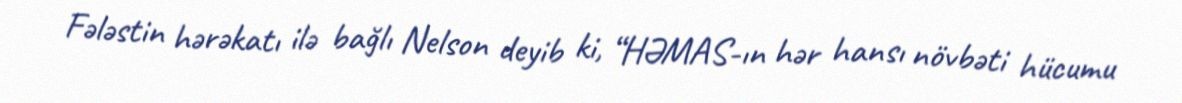
Fələstin hərəkatı ilə bağlı Nelson deyib ki, “HƏMAS-ın hər hansı növbəti hücumu